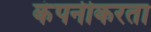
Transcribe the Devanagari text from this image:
कंपनीकरता